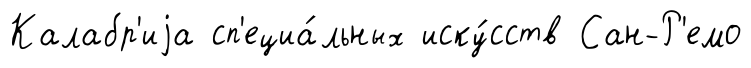
Калабр'иjа сп'ециа́льных иску́сств Сан-Р'емо